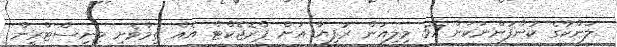
ލަންކާގެ ކުންފުންނަކަށް 57 މިލިއަން ރުފިޔާ އަށް ޕްރޮޖެކްޓް އެއް ތިމާވެށި މިނިސްޓްރީން